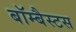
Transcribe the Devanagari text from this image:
बॉम्बैस्टस